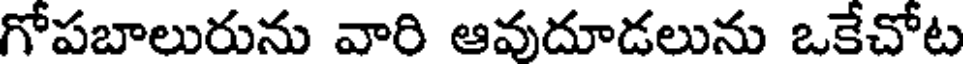
గోపబాలురును వారి ఆవుదూడలును ఒకేచోట